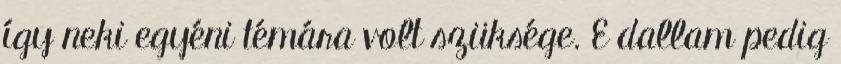
így neki egyéni témára volt szüksége. E dallam pedig